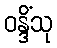
ဝန္ဒိံသု